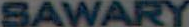
SAWARY